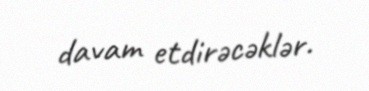
davam etdirəcəklər.